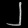
Digit: ၂